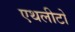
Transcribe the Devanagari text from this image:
एथलीटो